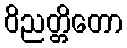
ဝိညတ္တိတော